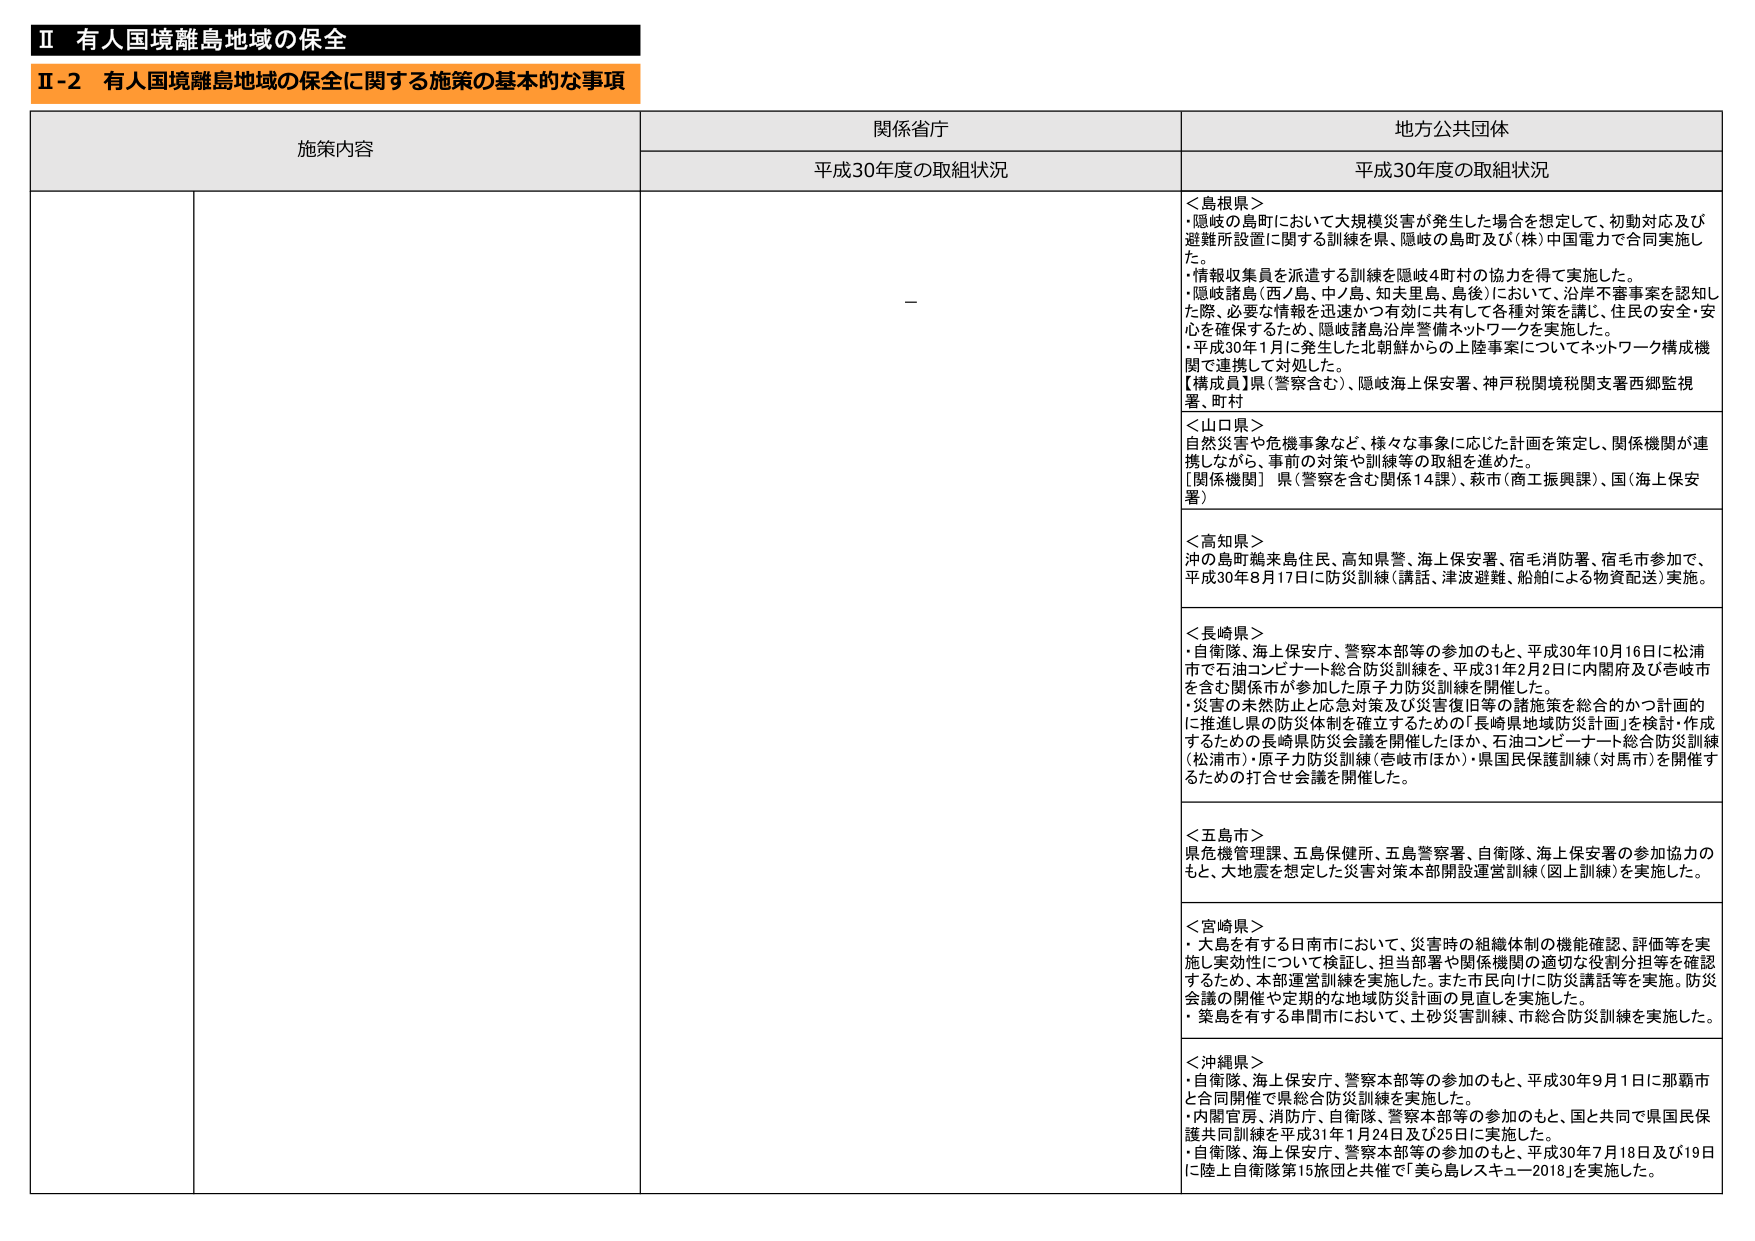
Ⅱ 有人国境離島地域の保全
Ⅱ-2 有人国境離島地域の保全に関する施策の基本的な事項

施策内容 関係省庁 地方公共団体
平成30年度の取組状況 平成30年度の取組状況

＜島根県＞
・隠岐の島町において大規模災害が発生した場合を想定して、初動対応及び避難所設置に関する訓練を県、隠岐の島町及び（株）中国電力で合同実施した。
・情報収集員を派遣する訓練を隠岐4町村の協力を得て実施した。
・隠岐諸島（西ノ島、中ノ島、知夫里島、島後）において、沿岸不審事案を認知した際、必要な情報を迅速かつ有効に共有して各種対策を講じ、住民の安全・安心を確保するため、隠岐諸島沿岸警備ネットワークを実施した。
・平成30年1月に発生した北朝鮮からの上陸事案についてネットワーク構成機関で連携して対処した。
【構成員】県（警察含む）、隠岐海上保安署、神戸税関境税関支署西郷監視署、町村

＜山口県＞
自然災害や危機事象など、様々な事象に応じた計画を策定し、関係機関が連携しながら、事前の対策や訓練等の取組を進めた。
［関係機関］県（警察を含む関係14課）、萩市（商工振興課）、国（海上保安署）

＜高知県＞
沖の島町鵜来島住民、高知県警、海上保安署、宿毛消防署、宿毛市参加で、平成30年8月17日に防災訓練（講話、津波避難、船舶による物資配送）実施。

＜長崎県＞
・自衛隊、海上保安庁、警察本部等の参加のもと、平成30年10月16日に松浦市で石油コンビナート総合防災訓練を、平成31年2月2日に内閣府及び壱岐市を含む関係市が参加した原子力防災訓練を開催した。
・災害の未然防止と応急対策及び災害復旧等の諸施策を総合的かつ計画的に推進し県の防災体制を確立するための「長崎県地域防災計画」を検討・作成するための長崎県防災会議を開催したほか、石油コンビナート総合防災訓練（松浦市）・原子力防災訓練（壱岐市ほか）・県国民保護訓練（対馬市）を開催するための打合せ会議を開催した。

＜五島市＞
県危機管理課、五島保健所、五島警察署、自衛隊、海上保安署の参加協力のもと、大地震を想定した災害対策本部開設運営訓練（図上訓練）を実施した。

＜宮崎県＞
・大島を有する日南市において、災害時の組織体制の機能確認、評価等を実施し実効性について検証し、担当部署や関係機関の適切な役割分担等を確認するため、本部運営訓練を実施した。また市民向けに防災講話等を実施。防災会議の開催や定期的な地域防災計画の見直しを実施した。
・築島を有する串間市において、土砂災害訓練、市総合防災訓練を実施した。

＜沖縄県＞
・自衛隊、海上保安庁、警察本部等の参加のもと、平成30年9月1日に那覇市と合同開催で県総合防災訓練を実施した。
・内閣官房、消防庁、自衛隊、警察本部等の参加のもと、国と共同で県国民保護共同訓練を平成31年1月24日及び25日に実施した。
・自衛隊、海上保安庁、警察本部等の参加のもと、平成30年7月18日及び19日に陸上自衛隊第15旅団と共催で「美ら島レスキュー2018」を実施した。